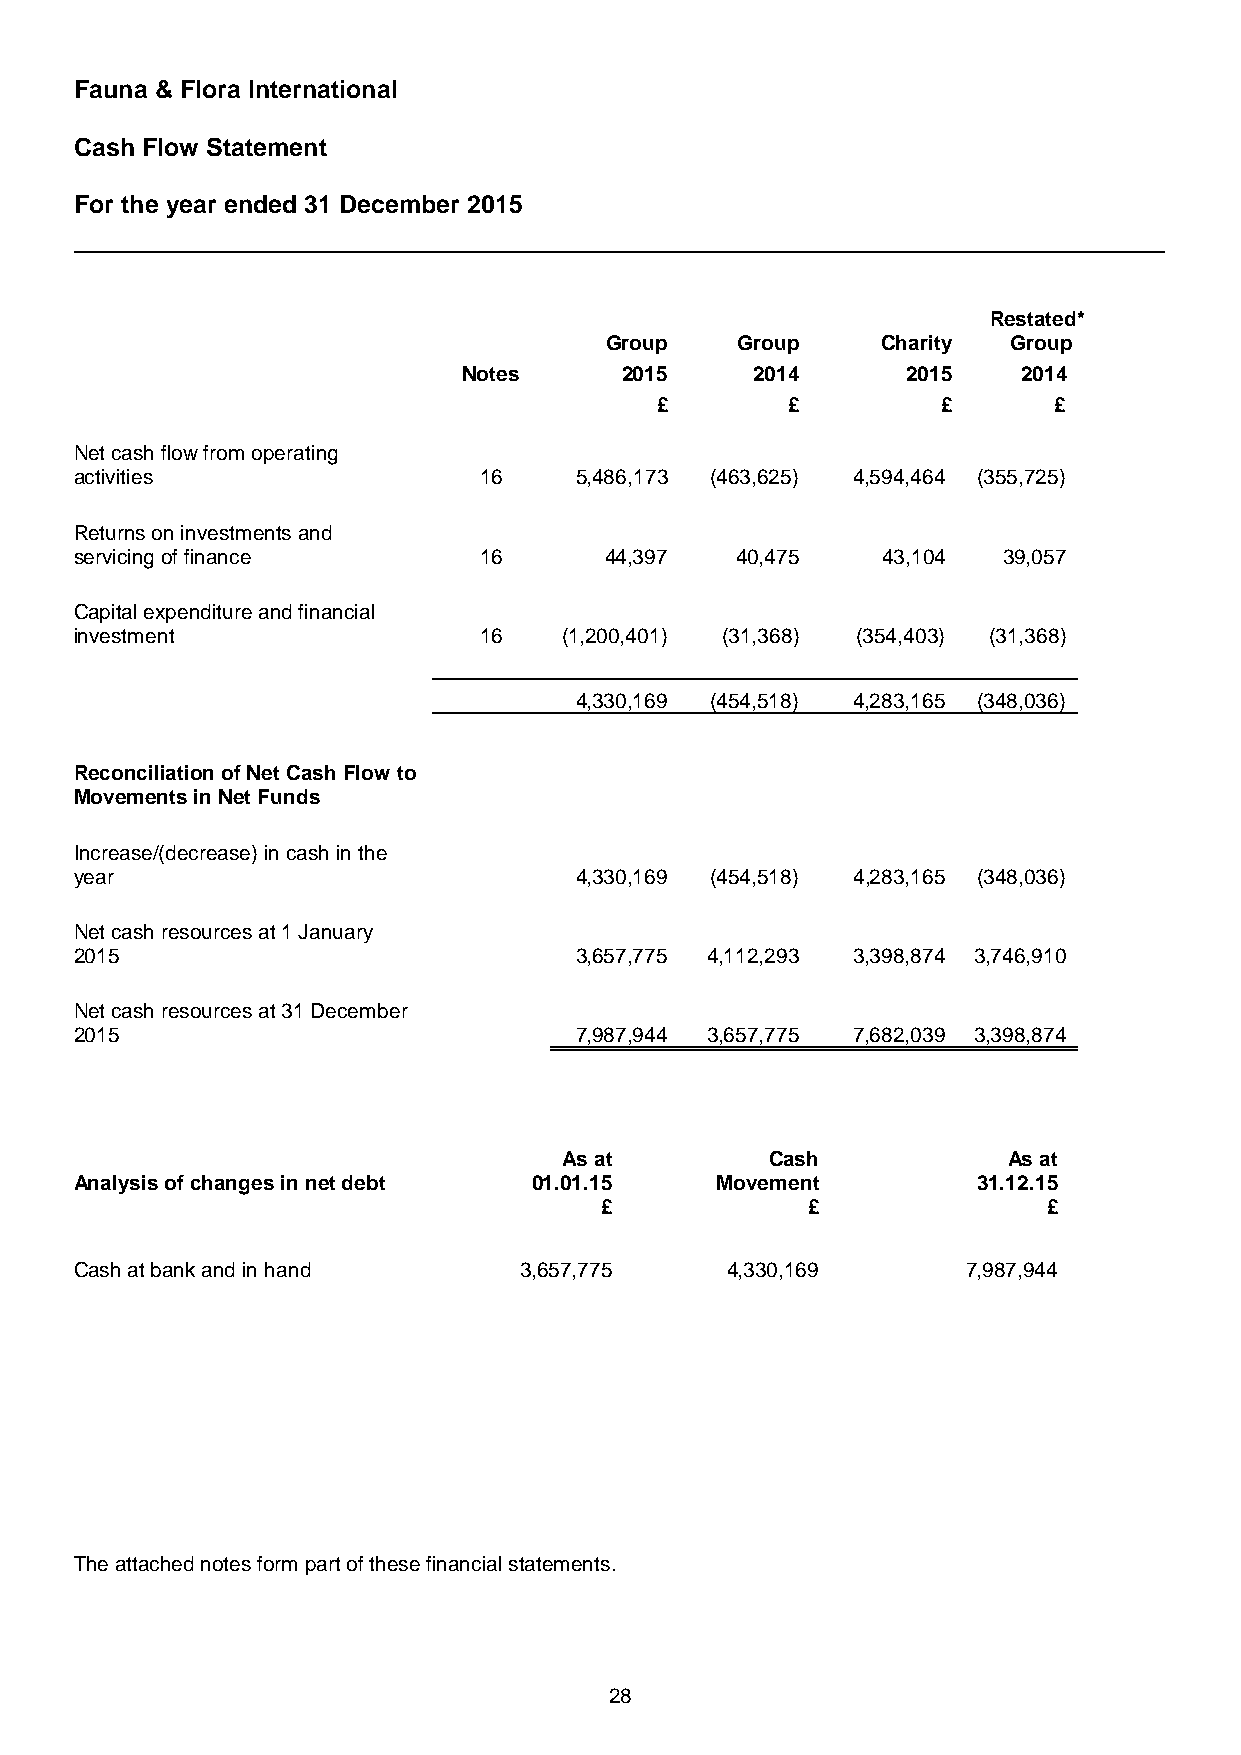
Fauna & Flora International
 Cash Flow Statement
 For the year ended 31 December 2015
 Restated*
 Group    Group    Charity  Group
 Notes     2015     2014      2015    2014
 £        £         £       £
 Net cash flow from operating
 activities                 16    5,486,173 (463,625) 4,594,464 (355,725)
 Returns on investments and
 servicing of finance       16      44,397   40,475   43,104  39,057
 Capital expenditure and financial
 investment                 16   (1,200,401) (31,368) (354,403) (31,368)
 4,330,169 (454,518) 4,283,165 (348,036)
 Reconciliation of Net Cash Flow to
 Movements in Net Funds
 Increase/(decrease) in cash in the
 year                             4,330,169 (454,518) 4,283,165 (348,036)
 Net cash resources at 1 January
 2015                             3,657,775 4,112,293 3,398,874 3,746,910
 Net cash resources at 31 December
 2015                             7,987,944 3,657,775 7,682,039 3,398,874
 As at         Cash            As at
 Analysis of changes in net debt 01.01.15  Movement          31.12.15
 £            £               £
 Cash at bank and in hand     3,657,775     4,330,169       7,987,944
 The attached notes form part of these financial statements.
 28